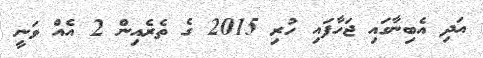
އަދި އެބިނާގައި ޖަހާފައި ހުރި 2015 ގެ ތެރެއިން 2 އެއް ވަނީ